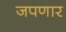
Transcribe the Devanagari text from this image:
जपणार